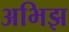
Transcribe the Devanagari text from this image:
अभिझ